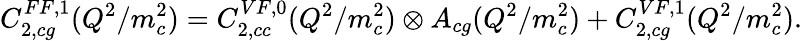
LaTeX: C_{2,cg}^{FF,1}(Q^{2}/m_{c}^{2})=C_{2,cc}^{VF,0}(Q^{2}/m_{c}^{2})\otimes A_{cg}(Q^{2}/m_{c}^{2})+C_{2,cg}^{VF,1}(Q^{2}/m_{c}^{2}).